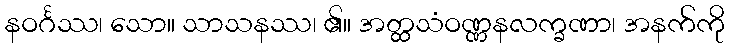
နဝင်္ဂဿ၊ သော။ သာသနဿ၊ ၏။ အတ္ထသံဝဏ္ဏနလက္ခဏာ၊ အနက်ကို